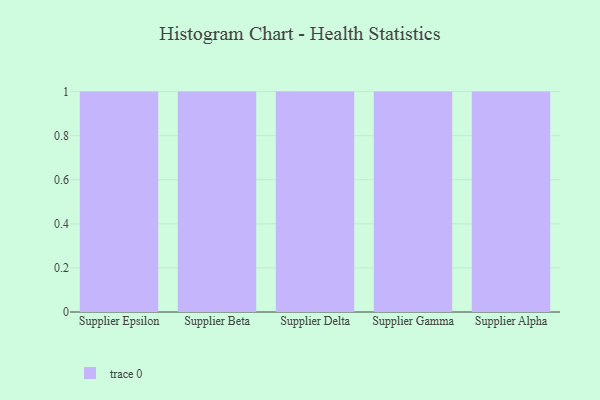
{"axis": {"x": "Supplier", "y": "Population (Million)"}, "legend": [""], "data": [{"x": "Supplier Epsilon", "y": 24, "type": ""}, {"x": "Supplier Beta", "y": 94, "type": ""}, {"x": "Supplier Delta", "y": 2, "type": ""}, {"x": "Supplier Gamma", "y": 2, "type": ""}, {"x": "Supplier Alpha", "y": 35, "type": ""}]}